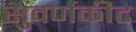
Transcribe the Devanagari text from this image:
सुवर्णकीट